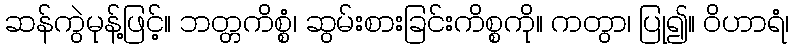
ဆန်ကွဲမုန့်ဖြင့်။ ဘတ္တကိစ္စံ၊ ဆွမ်းစားခြင်းကိစ္စကို။ ကတွာ၊ ပြု၍။ ဝိဟာရံ၊